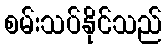
စမ်းသပ်နိုင်သည်